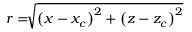
r = \sqrt [ ] { \left( x - x _ { c } \right) ^ { 2 } + \left( z - z _ { c } \right) ^ { 2 } }